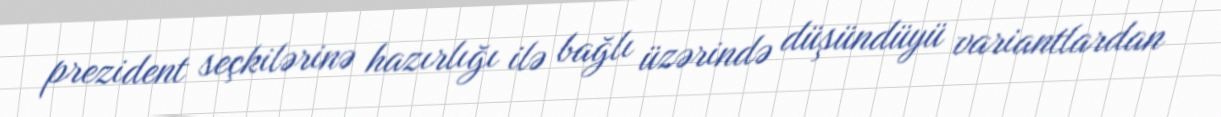
prezident seçkilərinə hazırlığı ilə bağlı üzərində düşündüyü variantlardan